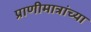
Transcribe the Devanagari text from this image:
प्राणीमात्रांच्या